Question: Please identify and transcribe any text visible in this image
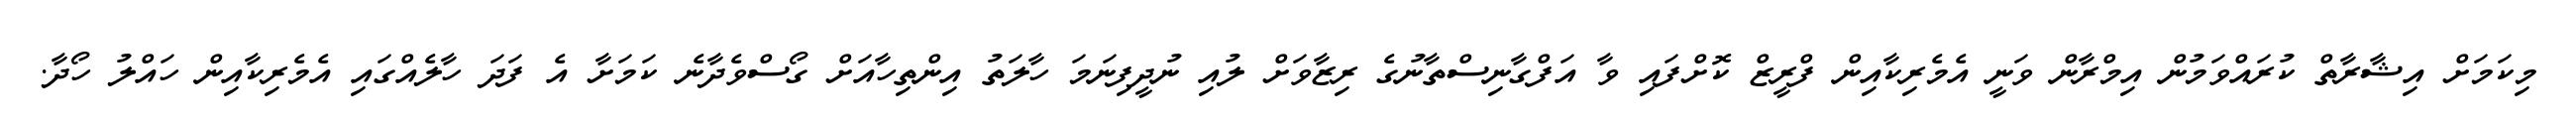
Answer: މިކަމަށް އިޝާރާތް ކުރައްވަމުން އިމްރާން ވަނީ އެމެރިކާއިން ފްރީޒް ކޮށްފައި ވާ އަފްގާނިސްތާނުގެ ރިޒާވަށް ލުއި ނުދީފިނަމަ ހާލަތު އިންތިހާއަށް ގޯސްވެދާނެ ކަމަށާ އެ ފަދަ ހާލެއްގައި އެމެރިކާއިން ހައްލު ހޯދާ.